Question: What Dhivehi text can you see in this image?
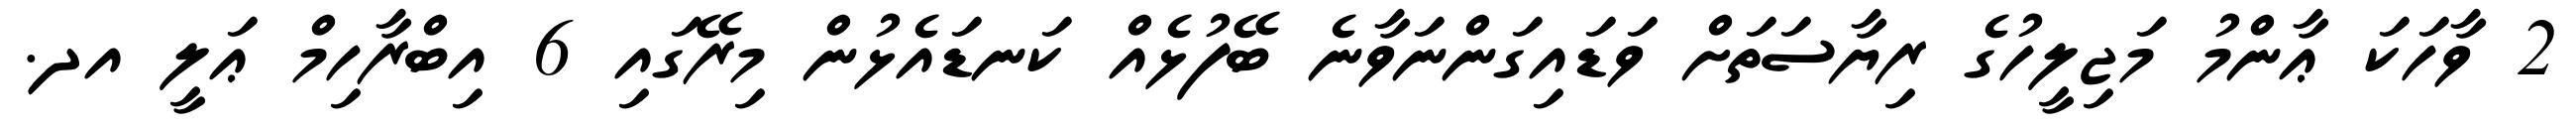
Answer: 2 ވާހަކަ ޢާންމު މަޖިލީހުގެ ރިޔާސަތަށް ވަޑައިގަންނަވާނެ ބޭފުޅެއް ކަނޑައެޅުން މިރޭގައި 6 އިބްރާހިމް ޢަލީ އދ.